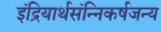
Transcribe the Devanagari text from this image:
इंद्रियार्थसंन्निकर्षजन्य